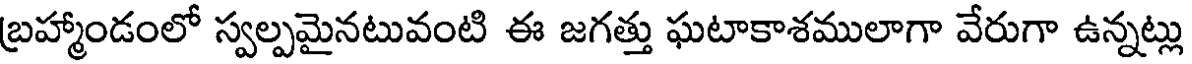
బ్రహ్మాండంలో స్వల్పమైనటువంటి ఈ జగత్తు ఘటాకాశములాగా వేరుగా ఉన్నట్లు